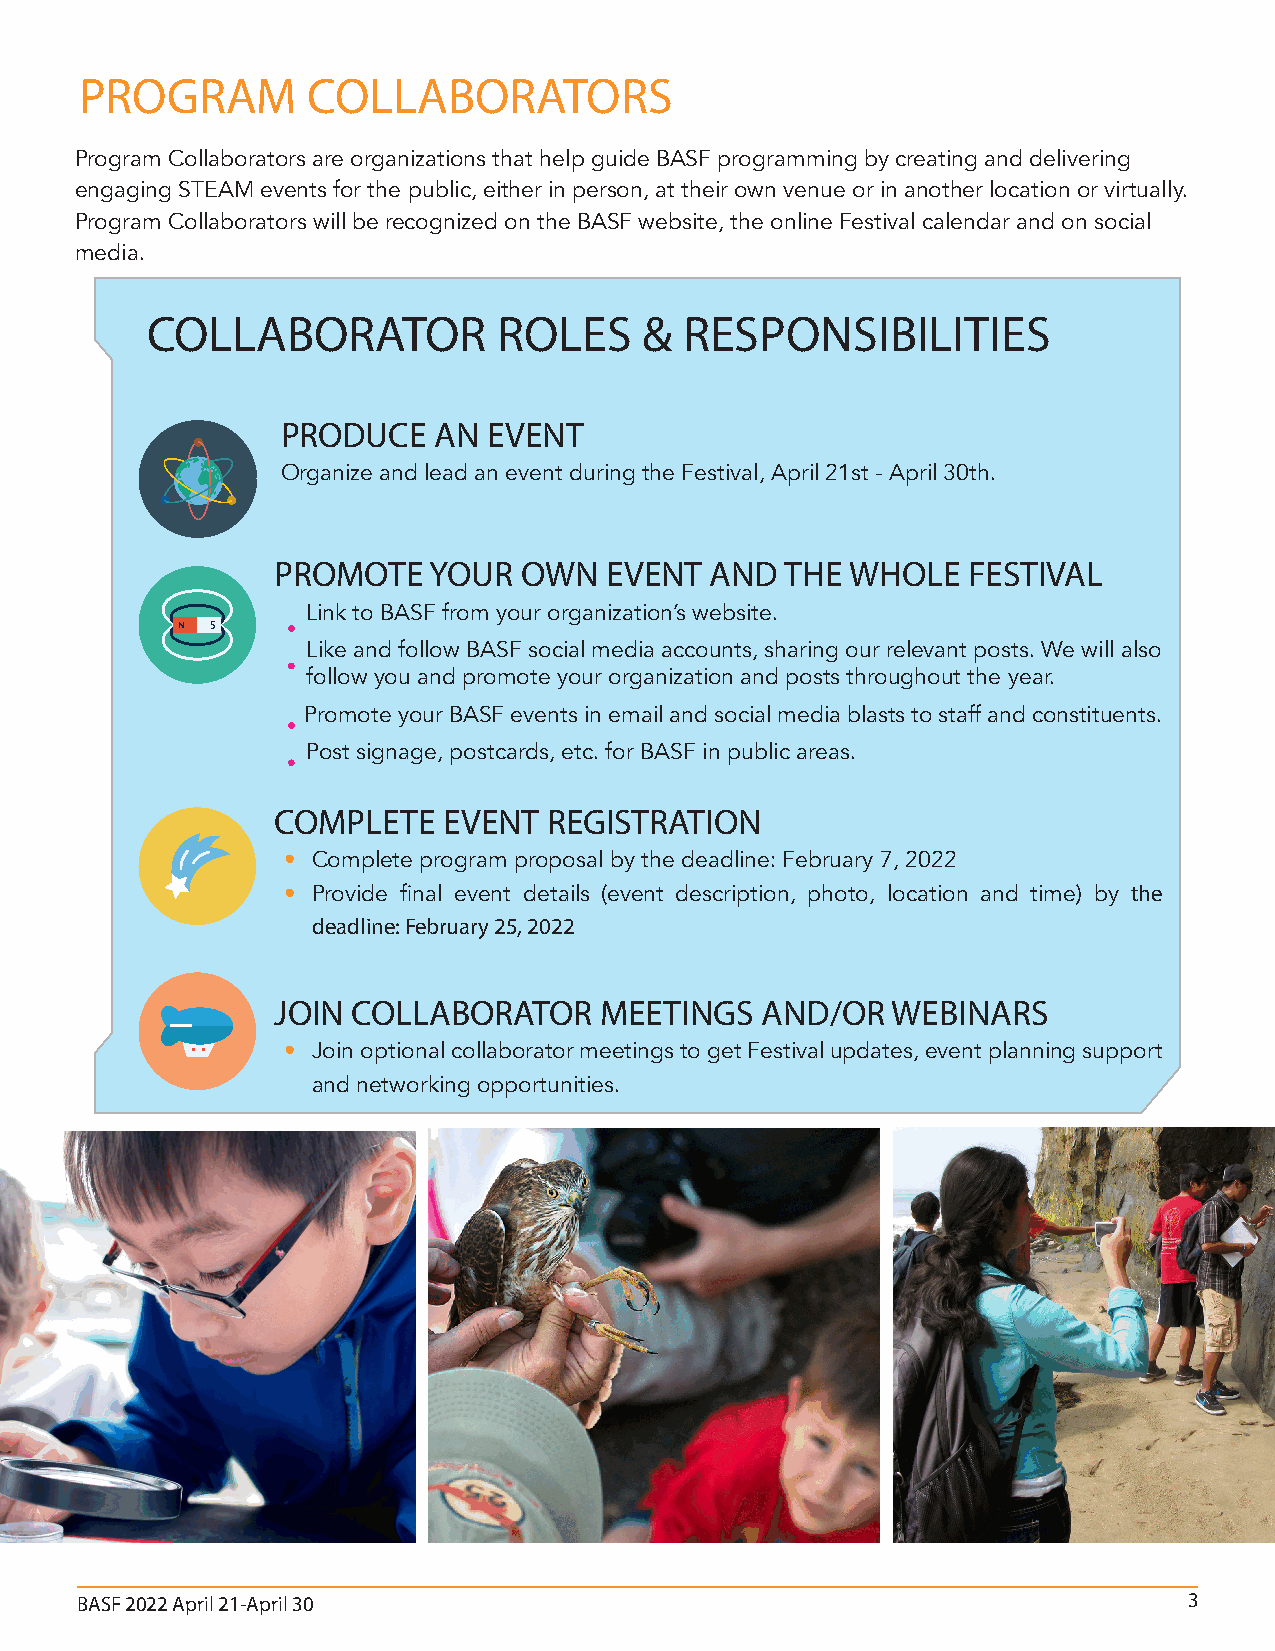
PROGRAM        COLLABORATORS
 Program Collaborators are organizations that help guide BASF programming by creating and delivering
 engaging STEAM events for the public, either in person, at their own venue or in another location or virtually.
 Program Collaborators will be recognized on the BASF website, the online Festival calendar and on social
 media.
 COLLABORATOR           ROLES     & RESPONSIBILITIES
 PRODUCE   AN EVENT
 Organize and lead an event during the Festival, April 21st - April 30th.
 PROMOTE   YOUR   OWN  EVENT  AND  THE WHOLE   FESTIVAL
 Link to BASF from your organization’s website.
 Like and follow BASF social media accounts, sharing our relevant posts. We will also
 follow you and promote your organization and posts throughout the year.
 Promote your BASF events in email and social media blasts to staff and constituents.
 Post signage, postcards, etc. for BASF in public areas.
 COMPLETE   EVENT  REGISTRATION
 • Complete program proposal by the deadline: February 7, 2022
 • Provide final event details (event description, photo, location and time) by the
 deadline: February 25, 2022
 JOIN COLLABORATOR     MEETINGS  AND/OR   WEBINARS
 • Join optional collaborator meetings to get Festival updates, event planning support
 and networking opportunities.
 BASF 2022 April 21-April 30                                               3